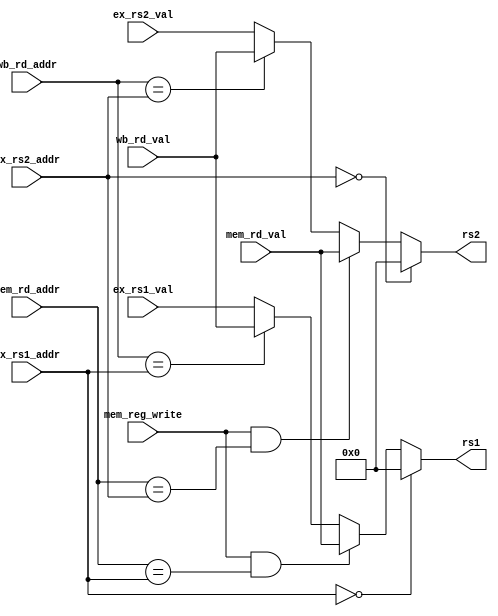
module fwd (
    // from ID/EX pipeline registers
    input  wire [ 4:0]  ex_rs1_addr,
    input  wire [ 4:0]  ex_rs2_addr,
    input  wire [31:0]  ex_rs1_val,
    input  wire [31:0]  ex_rs2_val,

    // from EX/MEM pipeline registers
    input               mem_reg_write,
    input  wire [ 4:0]  mem_rd_addr,
    input  wire [31:0]  mem_rd_val,

    // from EX/MEM pipeline registers
    input  wire [ 4:0]  wb_rd_addr,
    input  wire [31:0]  wb_rd_val,

    // output
    output wire [31:0]  rs1,
    output wire [31:0]  rs2
);

    function [31:0] forward;
        input [ 4:0]  ex_rs_addr;
        input [31:0]  ex_rs_val;
        input         mem_reg_write;
        input [ 4:0]  mem_rd_addr;
        input [31:0]  mem_rd_val;
        input [ 4:0]  wb_rd_addr;
        input [31:0]  wb_rd_val;

        // not load instruction
        if (ex_rs_addr == 5'b0) // when zero register
            forward = 32'b0;
        else if (mem_reg_write && mem_rd_addr == ex_rs_addr) 
            forward = mem_rd_val;
        else if (wb_rd_addr == ex_rs_addr)  
            forward = wb_rd_val;
        else
            forward = ex_rs_val;

    endfunction

    assign rs1 = forward (
        ex_rs1_addr,
        ex_rs1_val,
        mem_reg_write, 
        mem_rd_addr,
        mem_rd_val,
        wb_rd_addr,
        wb_rd_val
    );

    assign rs2 = forward (
        ex_rs2_addr,
        ex_rs2_val,
        mem_reg_write, 
        mem_rd_addr,
        mem_rd_val,
        wb_rd_addr,
        wb_rd_val
    );

endmodule